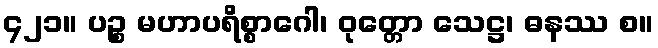
၄၂၁။ ပဉ္စ မဟာပရိစ္စာဂေါ၊ ဝုတ္တော သေဋ္ဌ၊ ဓနဿ စ။